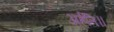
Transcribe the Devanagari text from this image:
अर्हति॥